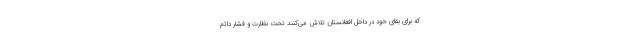
که برای بقای خود در داخل افغانستان تلاش می‌کنند تحت نظارت و فشار دائم